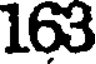
163